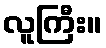
လူကြီး။